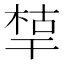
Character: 𰏪